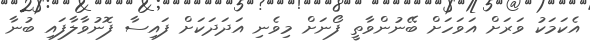
އެކަމަކު ވަރަށް އަވަހަށް ބޭނުންވާތީ ފޯނަށް މިވެނި އަދަދަކަށް ފައިސާ ފޮނުވާލާފައި ބުނާ